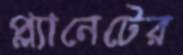
প্ল্যানেটের